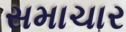
સમાચાર